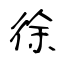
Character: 徐